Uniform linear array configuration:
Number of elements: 8
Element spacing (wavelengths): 1
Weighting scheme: binomial
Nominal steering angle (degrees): -30
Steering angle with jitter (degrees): -29.228
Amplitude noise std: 0.05
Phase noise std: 0.05

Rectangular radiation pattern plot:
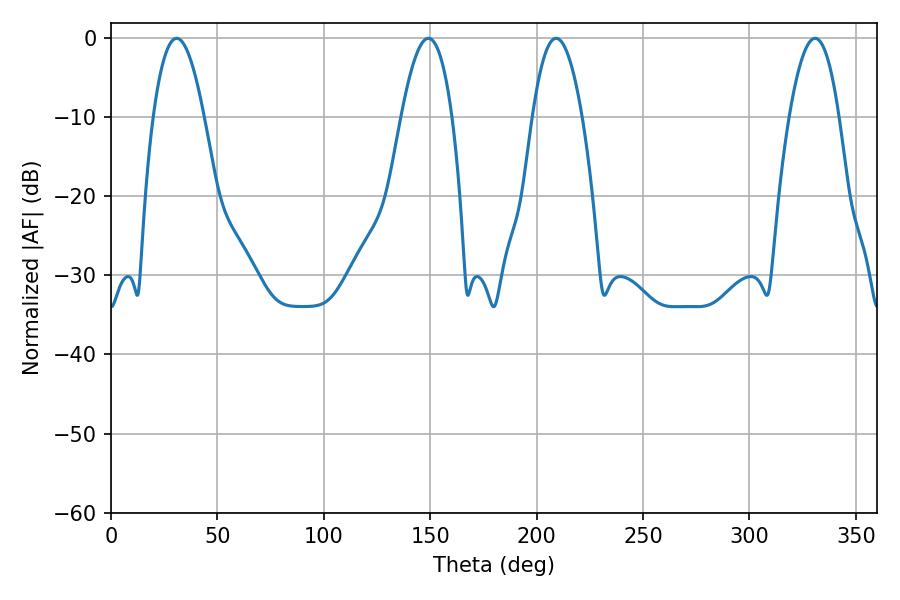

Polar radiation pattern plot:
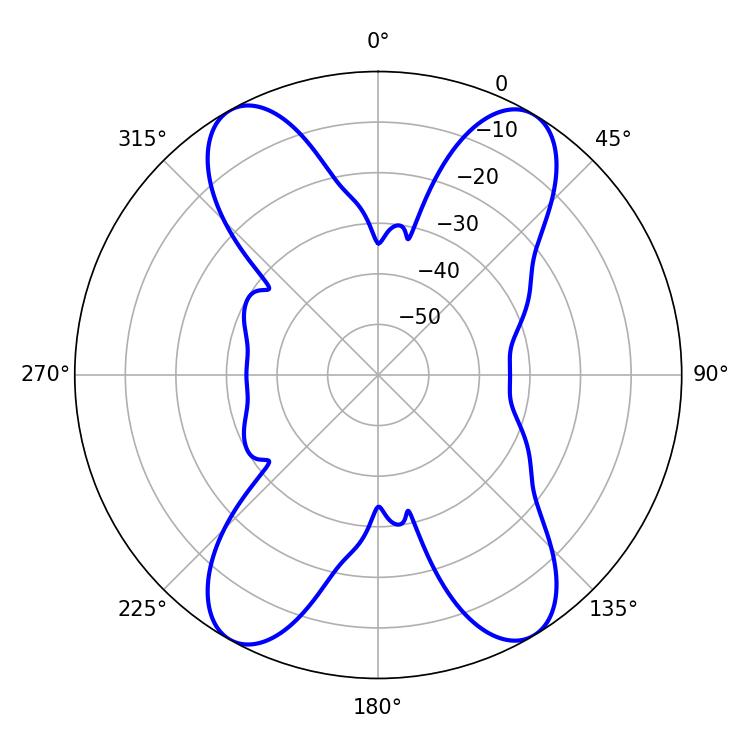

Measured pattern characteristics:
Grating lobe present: TRUE
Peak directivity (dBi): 19.744
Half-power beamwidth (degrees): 12.96
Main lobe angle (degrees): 209.16